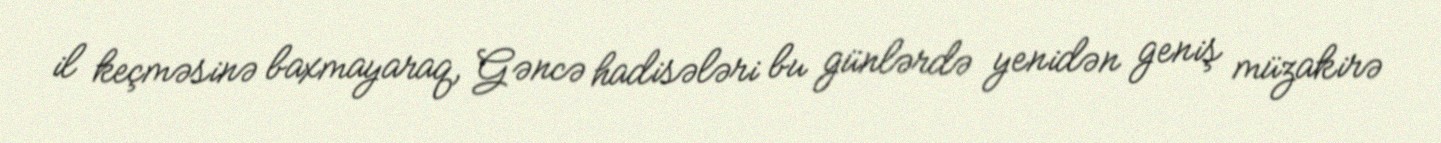
il keçməsinə baxmayaraq, Gəncə hadisələri bu günlərdə yenidən geniş müzakirə